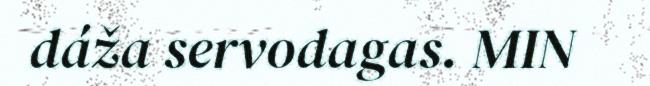
dáža servodagas. MIN